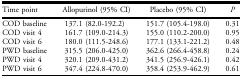
<table><thead><tr><td><b>Time point</b></td><td><b>Allopurinol (95% CI)</b></td><td><b>Placebo (95% CI)</b></td><td><b><i>P</i></b></td></tr></thead><tbody><tr><td>COD baseline</td><td>137.1 (82.0-192.2)</td><td>151.7 (105.4-198.0)</td><td>0.31</td></tr><tr><td>COD visit 4</td><td>161.7 (109.0-214.3)</td><td>155.0 (110.2-200.0)</td><td>0.95</td></tr><tr><td>COD visit 6</td><td>180.0 (111.5-248.6)</td><td>177.1 (133.1-221.2)</td><td>0.48</td></tr><tr><td>PWD baseline</td><td>315.5 (206.0-425.0)</td><td>362.6 (266.4-458.8)</td><td>0.24</td></tr><tr><td>PWD visit 4</td><td>320.1 (209.0-431.2)</td><td>341.5 (256.9-426.1)</td><td>0.42</td></tr><tr><td>PWD visit 6</td><td>347.4 (224.8-470.0)</td><td>358.4 (253.9-462.9)</td><td>0.61</td></tr></tbody></table>